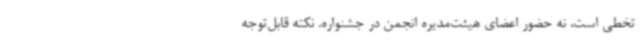
تخطی است، نه حضور اعضای هیئت‌مدیره انجمن در جشنواره. نکته قابل‌توجه